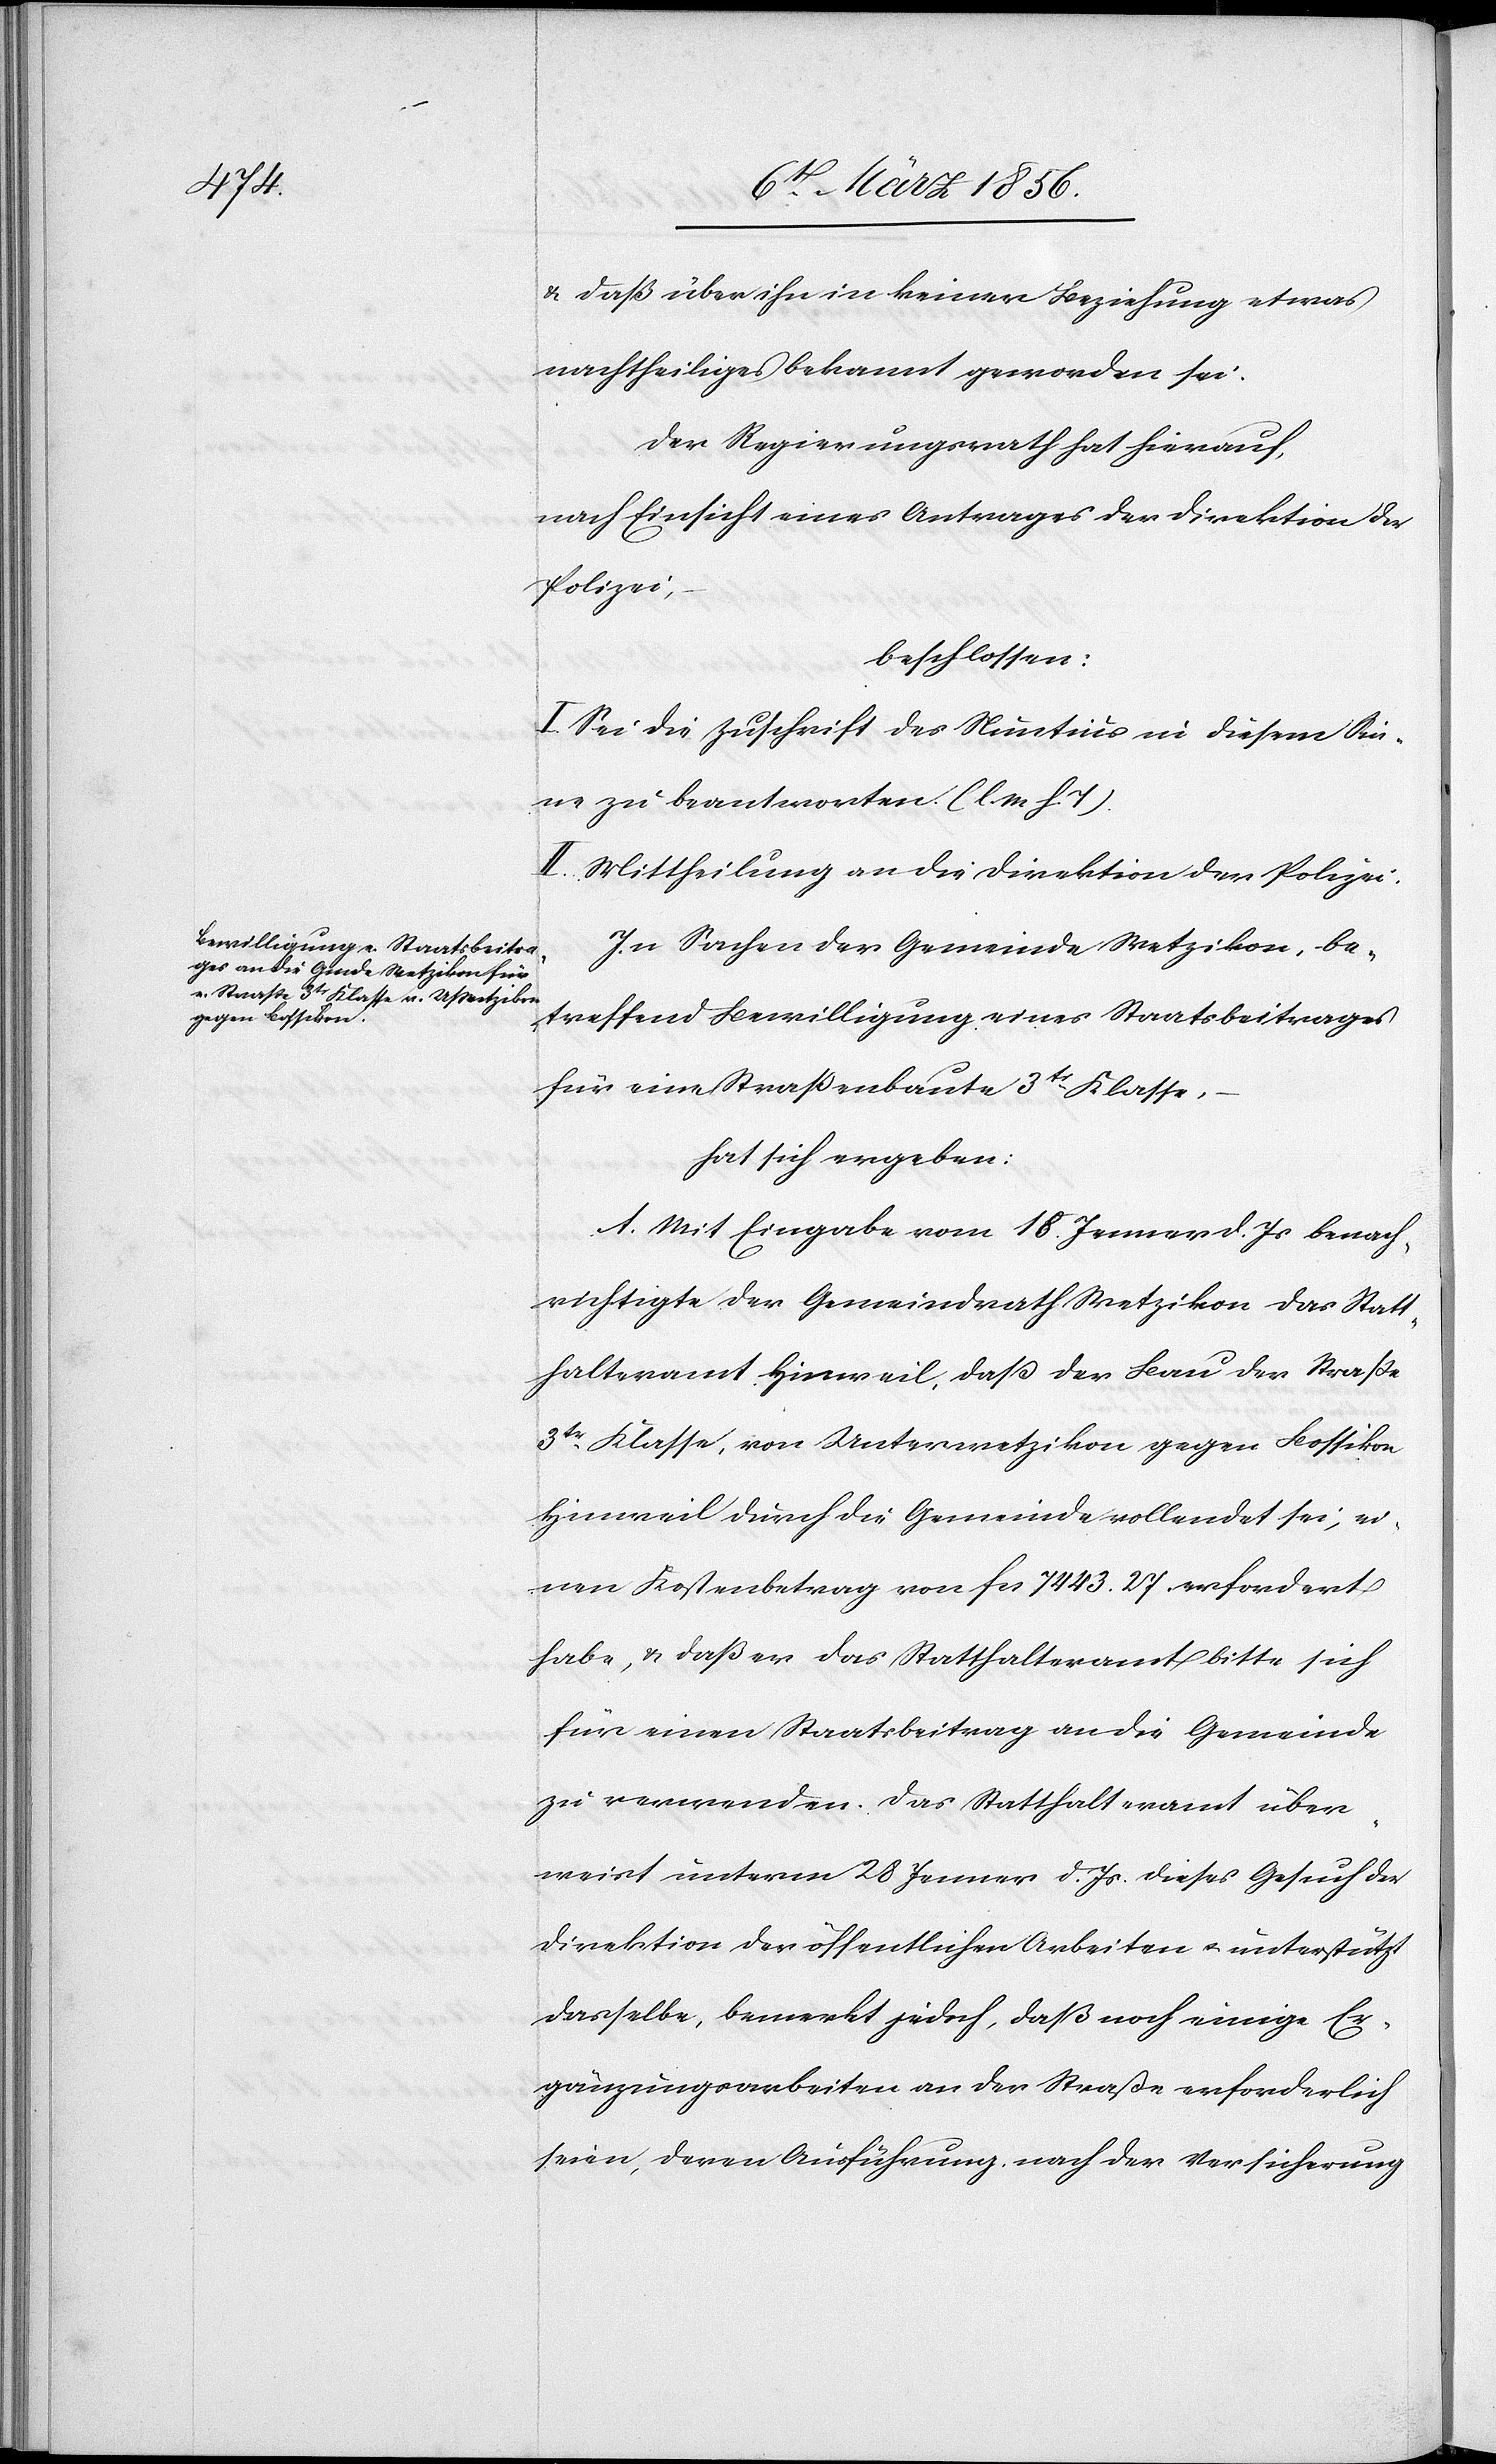
& daß über ihn in keiner Beziehung etwas
nachtheiliges bekannt geworden sei.
Der Regierungsrath hat hierauf,
nach Einsicht eines Antrages der Direktion der
Polizei,
beschlossen:
I. Sei die Zuschrift des Nuntius in diesem Sin¬
ne zu beantworten. (l. M. h. T).
II. Mittheilung an die Direktion der Polizei.
In Sachen der Gemeinde Wetzikon, be¬
treffend Bewilligung eines Staatsbeitrages
für eine Straßenbaute 3tr Klasse,
hat sich ergeben:
A. Mit Eingabe vom 18. Jenner d. Js benach¬
richtigte der Gemeindrath Wetzikon das Statt¬
halteramt Hinweil, daß der Bau der Straße
3tr Klasse, von Unterwetzikon gegen Bossikon
Hinweil durch die Gemeinde vollendet sei, ei¬
nen Kostenbetrag von fcs 7443. 27. erfordert
habe, & daß er das Statthalteramt bitte sich
für einen Staatsbeitrag an die Gemeinde
zu verwenden. Das Statthalteramt über¬
weist unterm 28 Jenner d. Js. dieses Gesuch der
Direktion der öffentlichen Arbeiten u. unterstützt
dasselbe, bemerkt jedoch, daß noch einige Er¬
gänzungsarbeiten an der Straße erforderlich
seien, deren Ausführung, nach der Versicherung